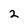
Character: 2